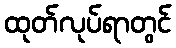
ထုတ်လုပ်ရာတွင်